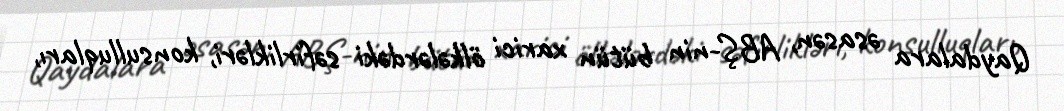
Qaydalara əsasən, ABŞ-nin bütün xarici ölkələrdəki səfirlikləri, konsulluqları,